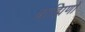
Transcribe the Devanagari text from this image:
ब्राह्मिणों